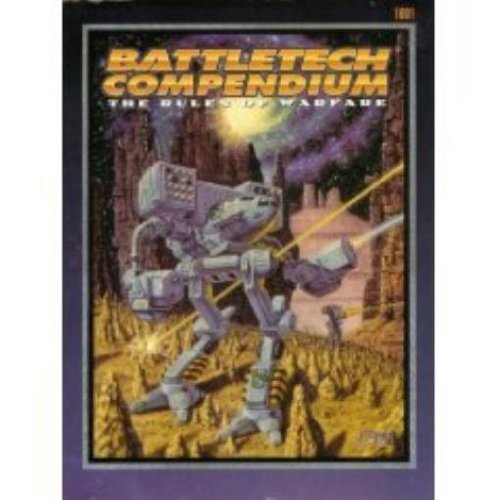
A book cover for Battletech Compendium: The Rules of Warfare; FASA Corporation; Science Fiction & Fantasy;